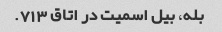
بله، بیل اسمیت در اتاق 713.